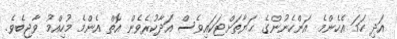
އަދި ހަމަ އެހެންމެ އަންހެނުންގެ ޙަޔާތަށްޓަކައިވެސް އަދާކުރެވެން އޮތް އެންމެ މުހިއްމު ވާޖިބެވެ.